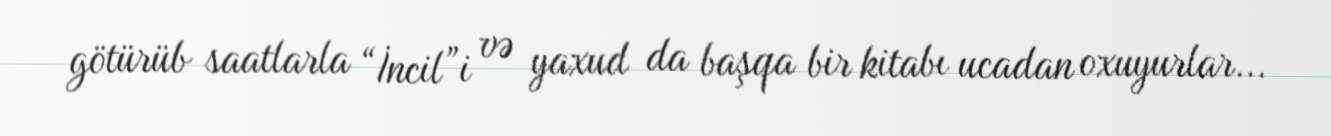
götürüb saatlarla “İncil”i və yaxud da başqa bir kitabı ucadan oxuyurlar...